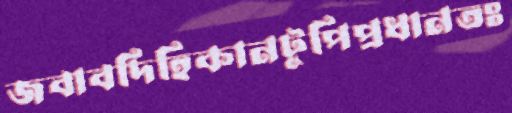
জবাবদিহিকানটুপিপ্রধানতঃ